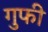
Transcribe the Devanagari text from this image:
गुफी